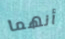
أنهما